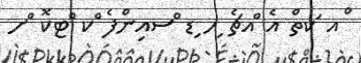
ްއ ަކތް އެ ްއޗެ ިހ ިޑ ްސއިންފެ ްކ ްޓކޮ ްށ